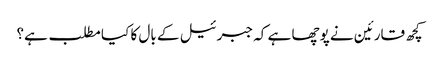
کچھ قارئین نے پوچھا ہے کہ جبرئیل کے بال کا کیا مطلب ہے؟